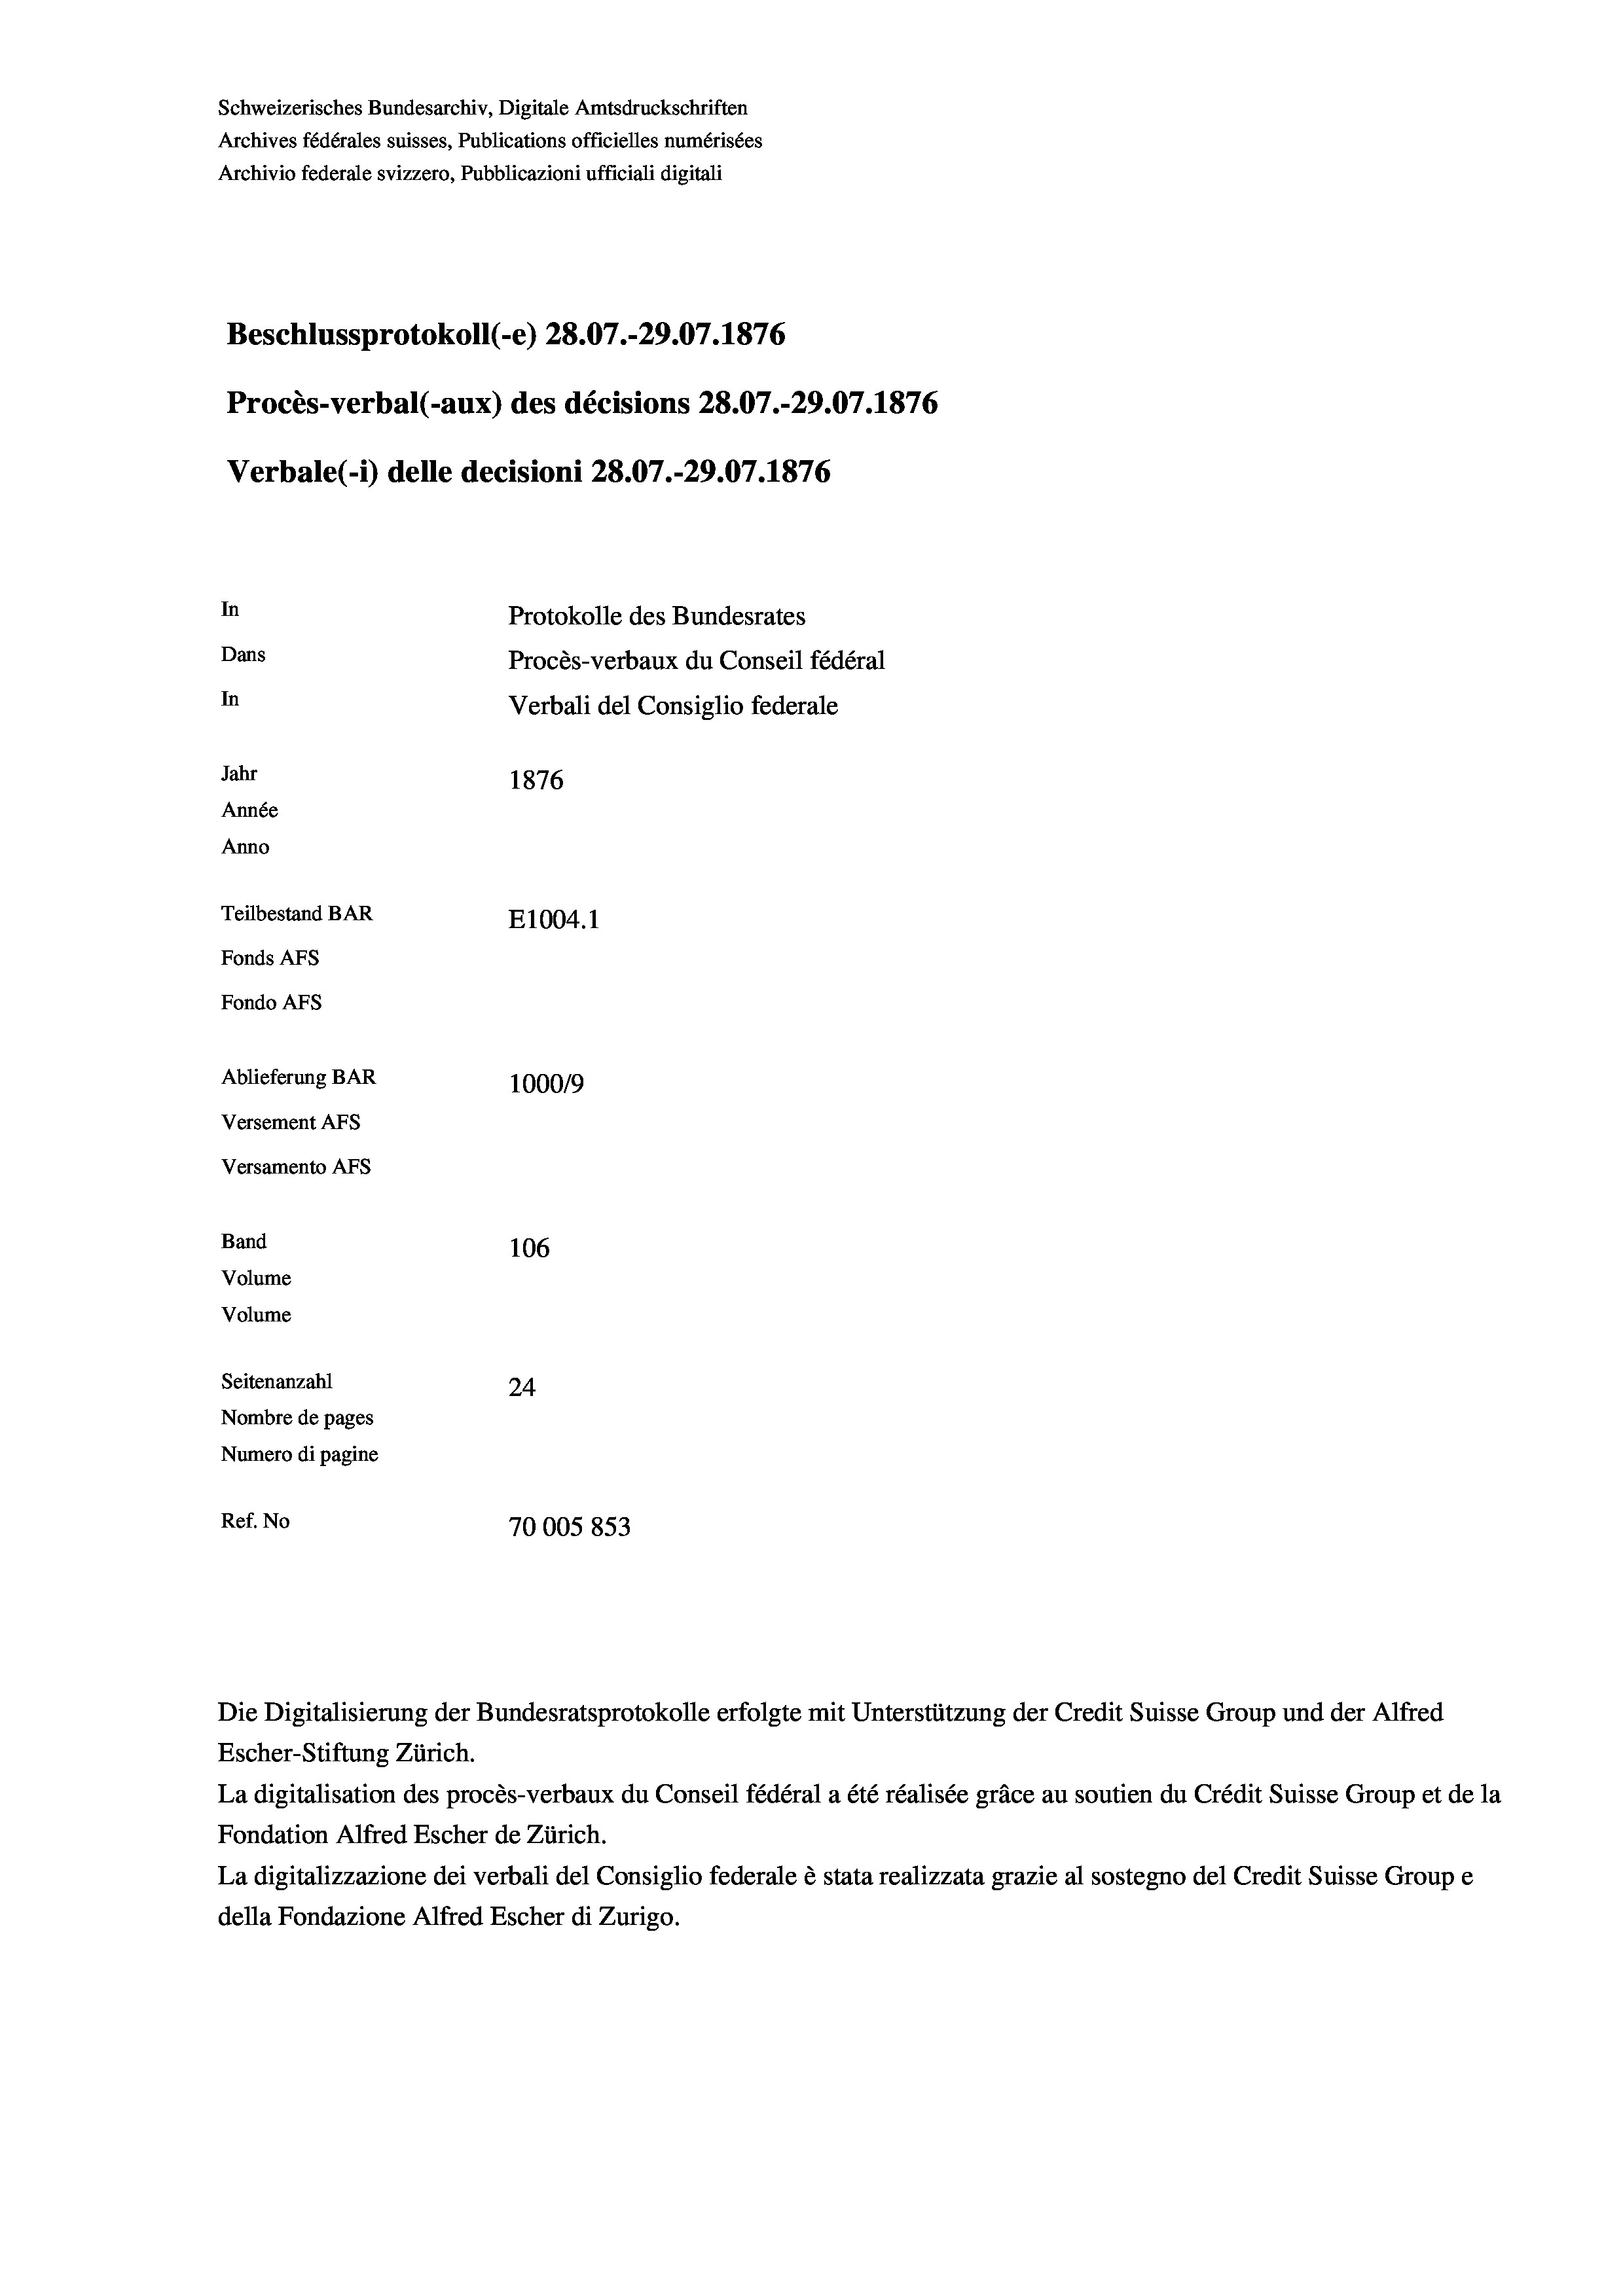
Schweizerisches Bundesarchiv, Digitale Amtsdruckschriften
Archives fédérales suisses, Publications officielles numérisées
Archivio federale svizzero, Pubblicazioni ufficiali digitali
Beschlussprotokoll (-e) 28.07.-29.07. 1876
Procès-verbal (-aux) des décisions 28.07.-29.07. 1876
Verbale (- 1) delle decisioni 28.07.-29.07. 1876
In
Protokolle des Bundesrates
Dans
Procès-verbaux du Conseil fédéral
In
Verbali del Consiglio federale
Jahr
1876
Année
Anno
Teilbestand BAR
E1004. 1
Fonds AFs
Fondo Afs
Ablieferung BAR
100019
Versement AFs
Versamento AFs
Band
106
Volume
Volume
Seitenanzahl
24
Nombre de pages
Numero di pagine
Ref. No
70005 853

Die Digitalisierung der Bundesratsprotokolle erfolgte mit Unterstützung der Credit Suisse Group und der Alfred
Escher-Stiftung Zürich.
La digitalisation des procès-verbaux du Conseil fédéral a été réalisée gräce au soutien du Crédit Suisse Group et de la
Fondation Alfred Escher de Zürich.
La digitalizzazione dei verbali del Consiglio federale è stata realizzata grazie al sostegno del Credit Suisse Groupe
della Fondazione Alfred Escher di Zurigo.